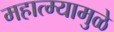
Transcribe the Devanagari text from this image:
महात्म्यामुळे